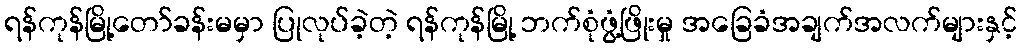
ရန်ကုန်မြို့တော်ခန်းမမှာ ပြုလုပ်ခဲ့တဲ့ ရန်ကုန်မြို့ ဘက်စုံဖွံ့ဖြိုးမှု အခြေခံအချက်အလက်များနှင့်